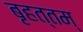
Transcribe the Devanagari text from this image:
बृहत्तम्